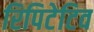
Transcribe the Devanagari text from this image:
रिपिटेटिव